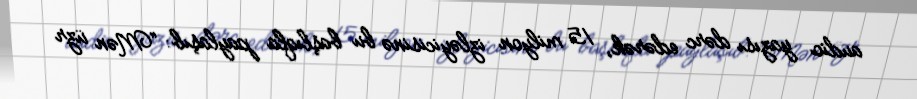
audio yazısı dərc edərək, 15 milyon izləyicisinə bu başlıqla paylaşıb: “Mən üzr